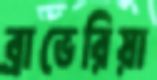
ব্রাভেরিয়া